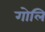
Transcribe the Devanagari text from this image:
गोलि